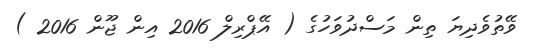
ވޭތުވެދިޔަ ތިން މަސްދުވަހުގެ ( އޭޕްރިލް 2016 އިން ޖޫން 2016 )